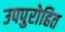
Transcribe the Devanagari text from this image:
उपपुरोहित